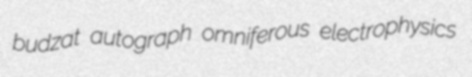
budzat autograph omniferous electrophysics